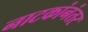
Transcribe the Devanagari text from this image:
नाटकांनंतर